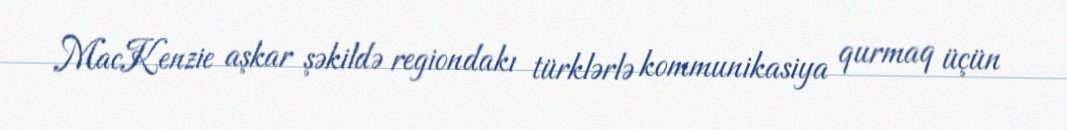
MacKenzie aşkar şəkildə regiondakı türklərlə kommunikasiya qurmaq üçün